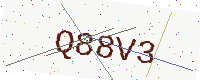
Text: Q88V3